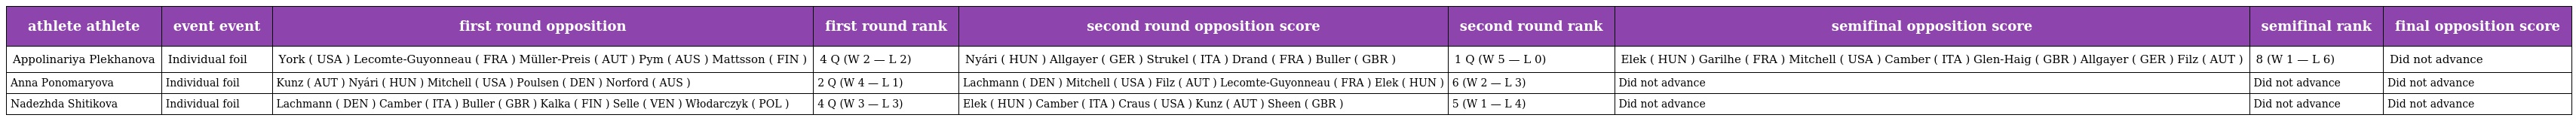
| athlete athlete | event event | first round opposition | first round rank | second round opposition score | second round rank | semifinal opposition score | semifinal rank | final opposition score |
 | --- | --- | --- | --- | --- | --- | --- | --- | --- |
 | Appolinariya Plekhanova | Individual foil | York ( USA ) Lecomte-Guyonneau ( FRA ) Müller-Preis ( AUT ) Pym ( AUS ) Mattsson ( FIN ) | 4 Q (W 2 — L 2) | Nyári ( HUN ) Allgayer ( GER ) Strukel ( ITA ) Drand ( FRA ) Buller ( GBR ) | 1 Q (W 5 — L 0) | Elek ( HUN ) Garilhe ( FRA ) Mitchell ( USA ) Camber ( ITA ) Glen-Haig ( GBR ) Allgayer ( GER ) Filz ( AUT ) | 8 (W 1 — L 6) | Did not advance |
 | Anna Ponomaryova | Individual foil | Kunz ( AUT ) Nyári ( HUN ) Mitchell ( USA ) Poulsen ( DEN ) Norford ( AUS ) | 2 Q (W 4 — L 1) | Lachmann ( DEN ) Mitchell ( USA ) Filz ( AUT ) Lecomte-Guyonneau ( FRA ) Elek ( HUN ) | 6 (W 2 — L 3) | Did not advance | Did not advance | Did not advance |
 | Nadezhda Shitikova | Individual foil | Lachmann ( DEN ) Camber ( ITA ) Buller ( GBR ) Kalka ( FIN ) Selle ( VEN ) Włodarczyk ( POL ) | 4 Q (W 3 — L 3) | Elek ( HUN ) Camber ( ITA ) Craus ( USA ) Kunz ( AUT ) Sheen ( GBR ) | 5 (W 1 — L 4) | Did not advance | Did not advance | Did not advance |